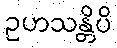
ဥဟသန္တိပိ